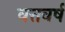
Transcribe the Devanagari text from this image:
वत्तवर्ष